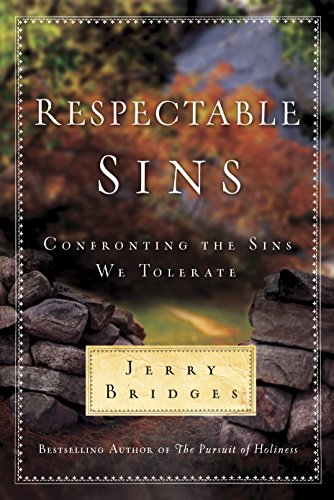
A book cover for Respectable Sins: Confronting the Sins We Tolerate; Jerry Bridges; Christian Books & Bibles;